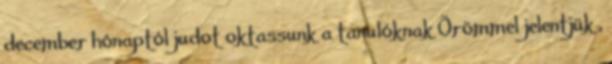
december hónaptól judot oktassunk a tanulóknak Örömmel jelentjük ,